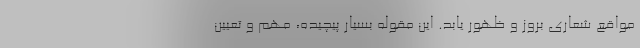
مواقع شعاری بروز و ظهور یابد. این مقوله بسیار پیچیده، مهم و تعیین